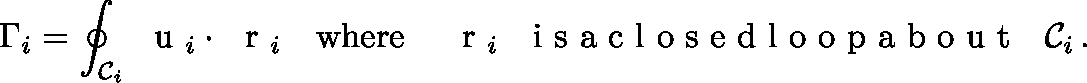
\Gamma _ { i } = \oint _ { { \cal C } _ { i } } \mathrm { ~ \boldmath ~ u ~ } _ { i } \cdot \mathrm { ~ \boldmath ~ r ~ } _ { i } \quad \mathrm { w h e r e } \quad \mathrm { ~ \boldmath ~ r ~ } _ { i } ~ ~ \mathrm { ~ i ~ s ~ a ~ c ~ l ~ o ~ s ~ e ~ d ~ l ~ o ~ o ~ p ~ a ~ b ~ o ~ u ~ t ~ } ~ ~ { \cal C } _ { i } \, .